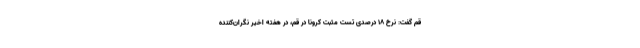
قم گفت: نرخ ۱۸ درصدی تست مثبت کرونا در قم، در هفته اخیر نگران‌کننده